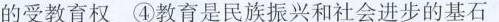
的受教育权④教育是民族振兴和社会进步的基石